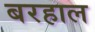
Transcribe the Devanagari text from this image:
बरहाल